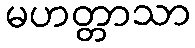
မဟတ္တာသာ